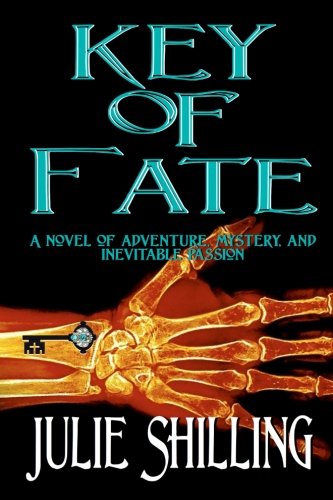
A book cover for Key of Fate: A Novel of Adventure, Mystery, and Inevitable Passion; Julie Shilling; Romance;